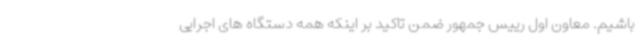
باشیم. معاون اول رییس جمهور ضمن تاکید بر اینکه همه دستگاه های اجرایی